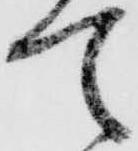
て